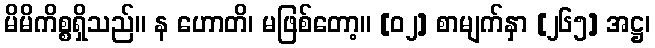
မိမိကိစ္စရှိသည်။ န ဟောတိ၊ မဖြစ်တော့။ [၀၂] စာမျက်နှာ [၂၆၅] အဋ္ဌ၊